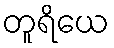
တူရိယေ